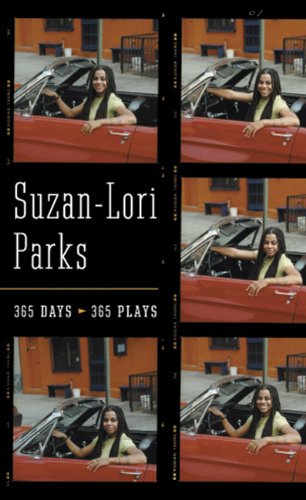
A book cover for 365 Days / 365 Plays; Suzan-Lori Parks; Literature & Fiction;